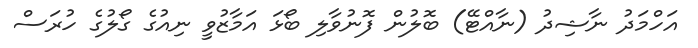
އަހްމަދު ނާޝިދު (ނާއްޓޭ) ބޮލުން ފޮނުވާލި ބޯޅަ އަމާޒުވީ ނިއުގެ ގޯލުގެ ހުރަސް